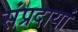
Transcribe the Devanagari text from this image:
संप्रदायां